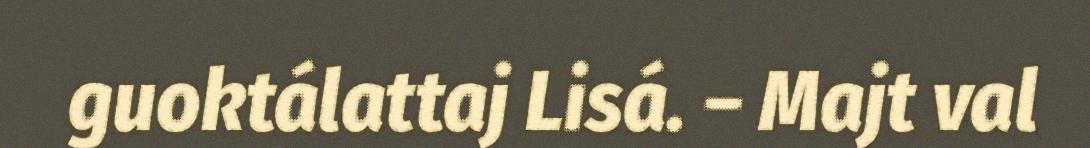
guoktálattaj Lisá. – Majt val